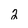
Character: 2